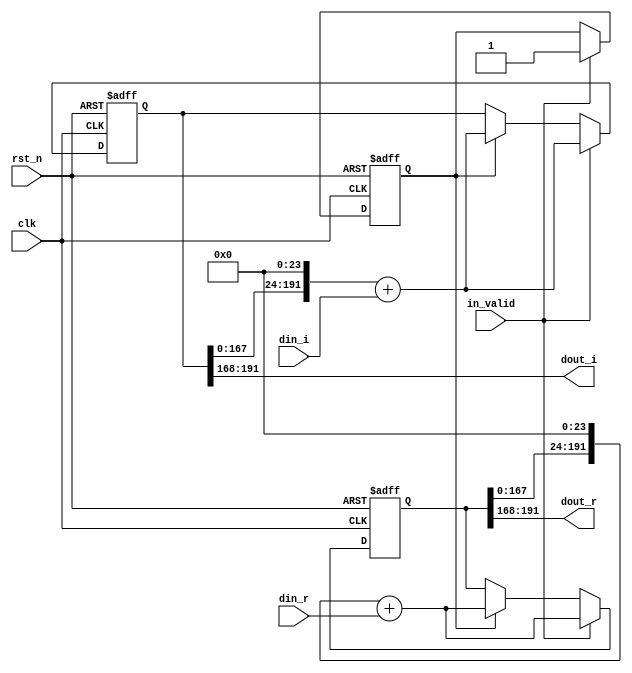
module shift_8(
input clk,
input rst_n,
input in_valid,
input signed [23:0] din_r,
input signed [23:0] din_i,
output signed [23:0] dout_r,
output signed [23:0] dout_i
);
integer i ;
reg [191:0] shift_reg_r ;
reg [191:0] shift_reg_i ;
reg [191:0] tmp_reg_r ;
reg [191:0] tmp_reg_i ;
reg [4:0] counter_8,next_counter_8;
reg valid,next_valid;

assign dout_r    = shift_reg_r[191:168];
assign dout_i    = shift_reg_i[191:168];

always@(*)begin
    next_counter_8 = counter_8 + 4'd1;
    tmp_reg_r = shift_reg_r;
    tmp_reg_i = shift_reg_i;
    next_valid = valid;
end

always@(posedge clk or negedge rst_n)begin
    if(~rst_n)begin
        shift_reg_r <= 0;
        shift_reg_i <= 0;
        counter_8   <= 0;
        valid       <= 0;
    end
    else 
    if (in_valid)begin
        counter_8        <= next_counter_8;
        shift_reg_r      <= (tmp_reg_r<<24) + din_r;
        shift_reg_i      <= (tmp_reg_i<<24) + din_i;
        valid            <= in_valid;
    end else if(valid)begin
        counter_8        <= next_counter_8;
        shift_reg_r      <= (tmp_reg_r<<24) + din_r;
        shift_reg_i      <= (tmp_reg_i<<24) + din_i;
        valid            <= next_valid;
    end
end

endmodule